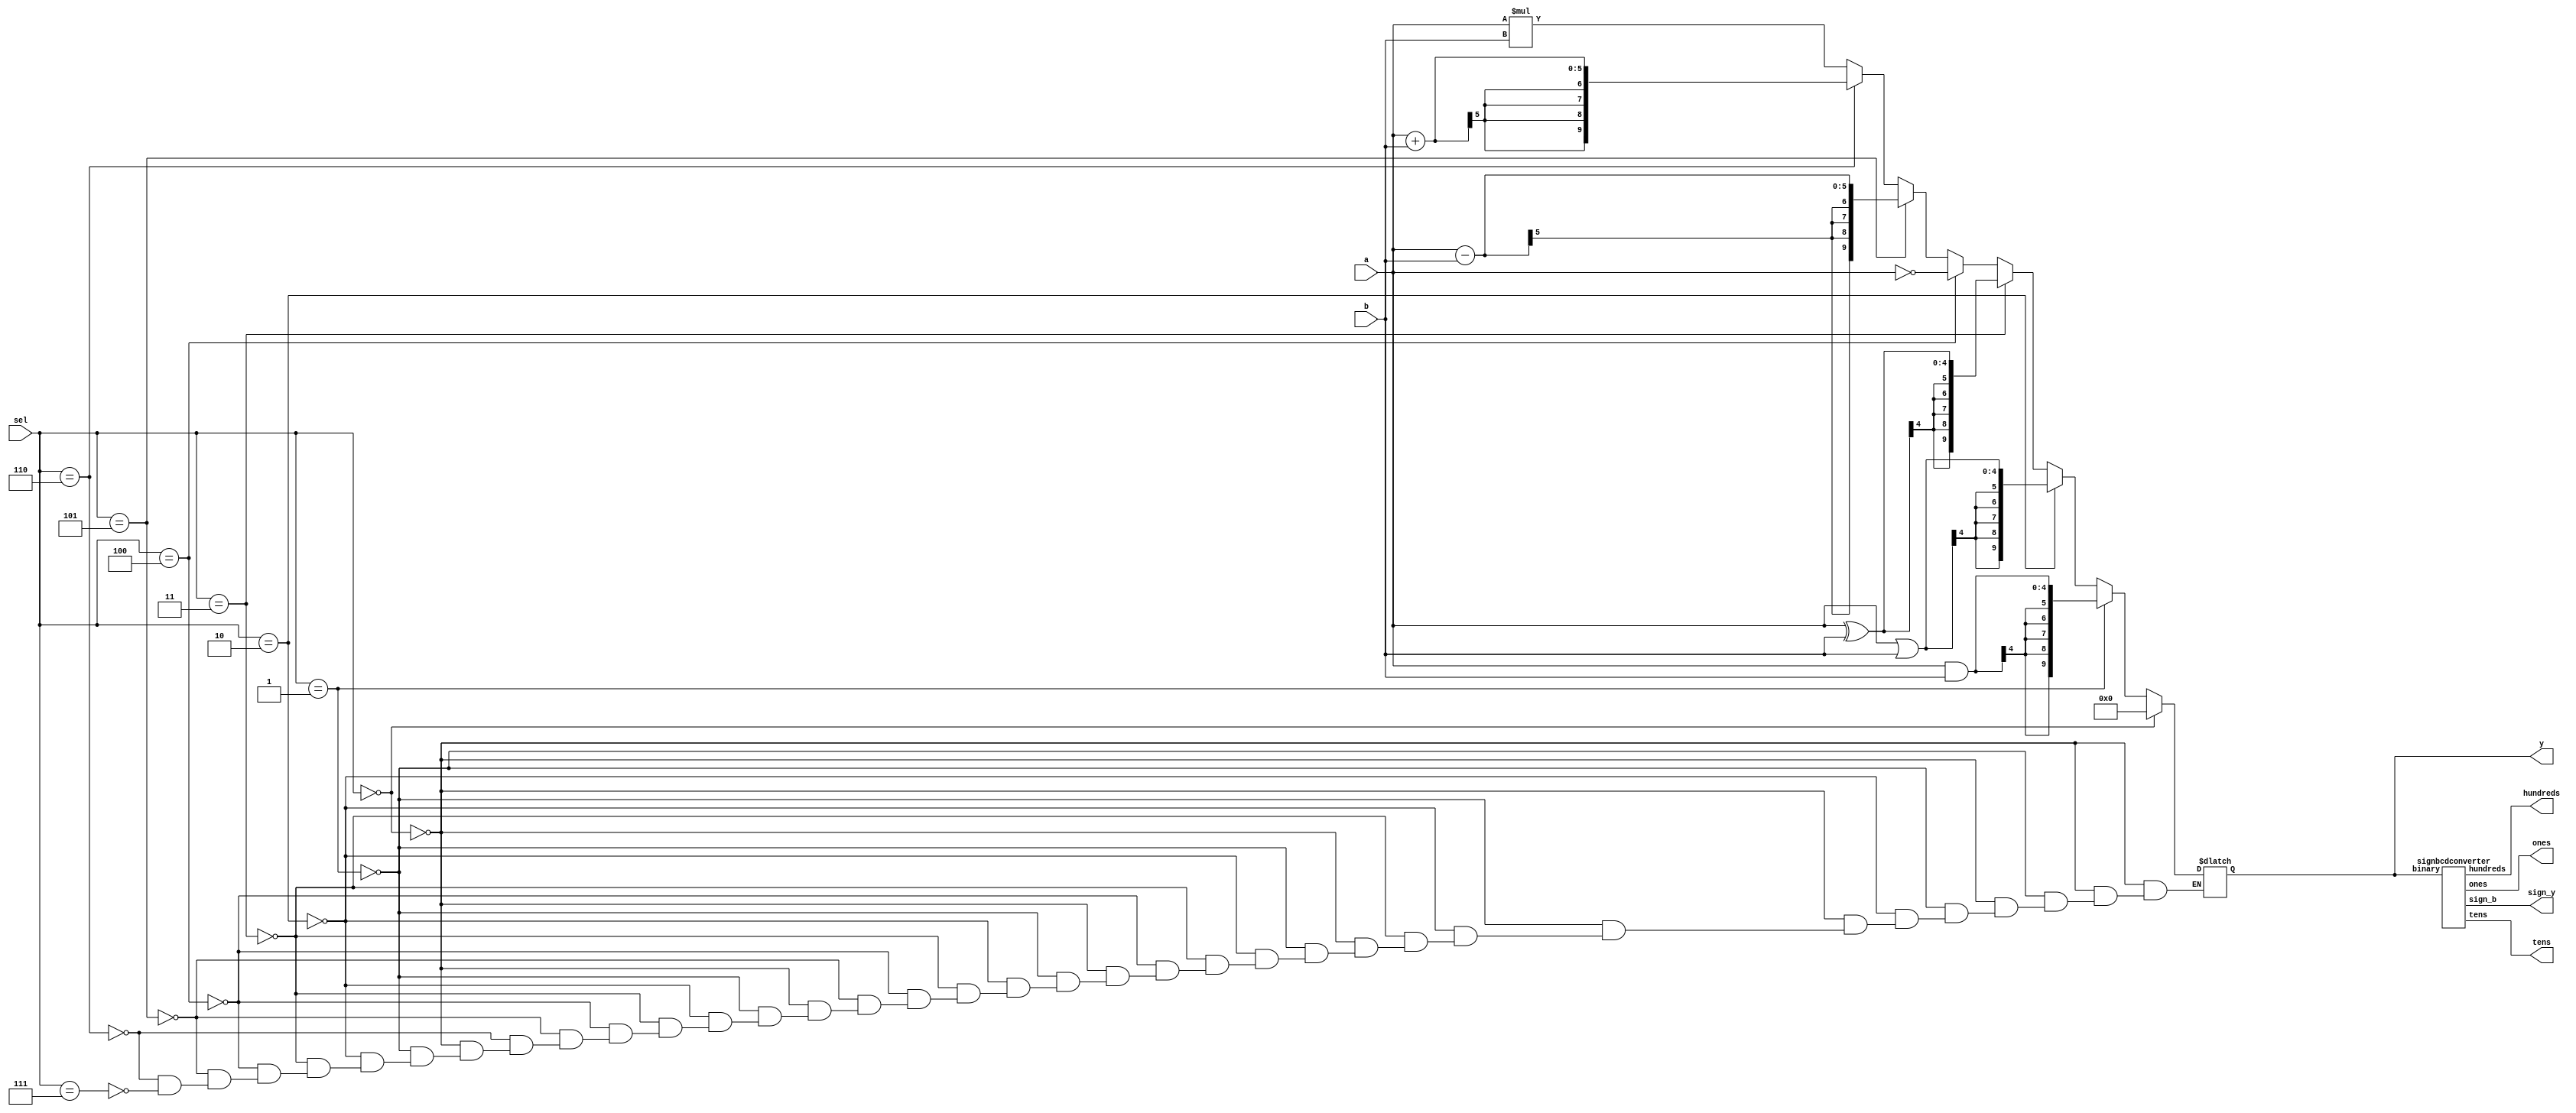
module signedalu(a,b,sel,y,sign_y,hundreds,tens,ones);
	input signed[4:0]a,b;
	input [2:0]sel;
	output [9:0]y;
	output sign_y;
	output [3:0]hundreds,tens,ones;
	reg signed[9:0]tempy;
	reg[9:0]y;
	always@(a or b or sel)begin
		if(sel==3'b000)begin
			y=10'b0000000000;
		end
		else if (sel==3'b001)begin
			y=a&b;
		end
		else if(sel==3'b010)begin
			y=a|b;
		end
		else if(sel==3'b011)begin
			y=a^b;
		end
		else if(sel==3'b100)begin
			y=~a;
		end
		else if (sel==3'b101)begin
			y=a-b;
		end
		else if(sel==3'b110)begin
			y=a+b;
		end
		else if(sel==3'b111)begin
			y=a*b;
		end
	end
	signbcdconverter o1(.binary(y),.hundreds(hundreds),.tens(tens),.ones(ones),.sign_b(sign_y));
endmodule

module signbcdconverter(binary,hundreds,tens,ones,sign_b);
	input signed[9:0]binary;
	reg[9:0]nbinary;
	output [3:0]hundreds,tens,ones;
	output sign_b;
	reg[3:0]hundreds,tens,ones;
	integer i;
	assign sign_b=(binary[9]==1)?1'b1:1'b0;
	always@(binary)begin
		if(binary[9]==1) nbinary=(~binary)+1'b1;
		if(binary[9]==0) nbinary=binary;
		hundreds=4'b0000;
		tens=4'b0000;
		ones=4'b0000;
		for(i=9;i>=0;i=i-1)begin
			if(hundreds>=5)hundreds=hundreds+4'b0011;
			if(tens>=5)tens=tens+4'b0011;
			if(ones>=5)ones=ones+4'b0011;
			hundreds=hundreds<<1;
			hundreds[0]=tens[3];
			tens=tens<<1;
			tens[0]=ones[3];
			ones=ones<<1;
			ones[0]=nbinary[i];
		end
	end
endmodule